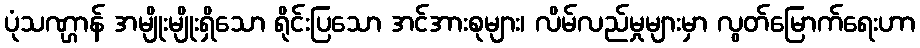
ပုံသဏ္ဌာန် အမျိုးမျိုးရှိသော ရိုင်းပြသော အင်အားစုများ၊ လိမ်လည်မှုများမှာ လွတ်မြောက်ရေးဟာ